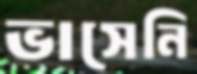
ভাসেনি